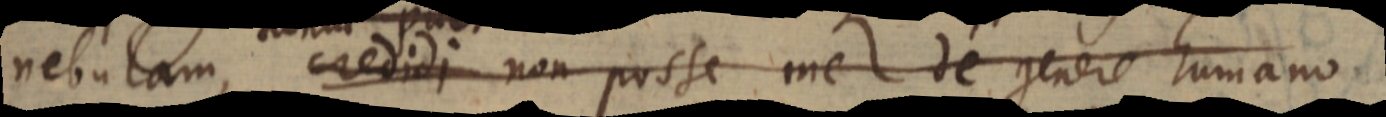
nebulam, credidi non posse me de genere humano